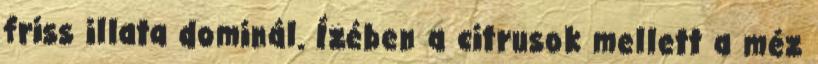
friss illata dominál. Ízében a citrusok mellett a méz